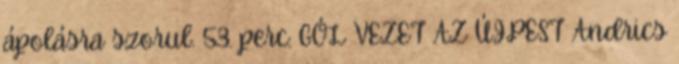
ápolásra szorul. 53. perc: GÓL VEZET AZ ÚJPEST Andrics